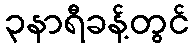
၃နာရီခန့်တွင်